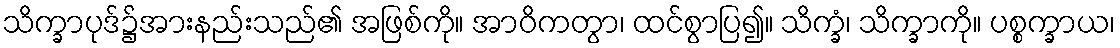
သိက္ခာပုဒ်၌အားနည်းသည်၏ အဖြစ်ကို။ အာဝိကတွာ၊ ထင်စွာပြ၍။ သိက္ခံ၊ သိက္ခာကို။ ပစ္စက္ခာယ၊